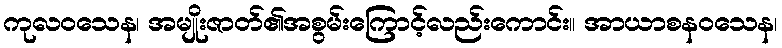
ကုလဝသေန၊ အမျိုးဇာတ်၏အစွမ်းကြောင့်လည်းကောင်း။ အာယာစနဝသေန၊